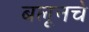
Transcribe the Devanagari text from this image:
बलूनचे